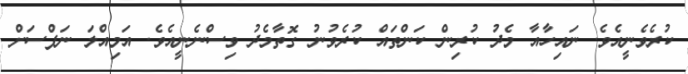
ކުރެވެނީއެވެ. ނައިހާއާ މެދު ކުރިން ކަންތައް ކުރެވުނު ގޮތާމެދު ވިސްނެނީއެވެ. އަމިއްލަ ނަފްސަށް